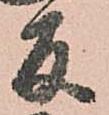
反